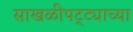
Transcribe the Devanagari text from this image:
साखळीपट्ट्याच्या